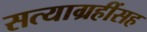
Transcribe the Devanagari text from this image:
सत्याग्रहींसह